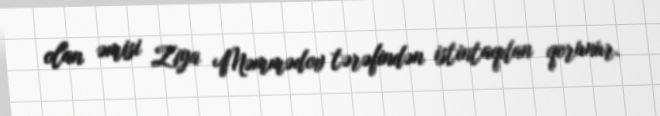
olan əmisi Ziya Məmmədov tərəfindən istintaqdan qorunur.